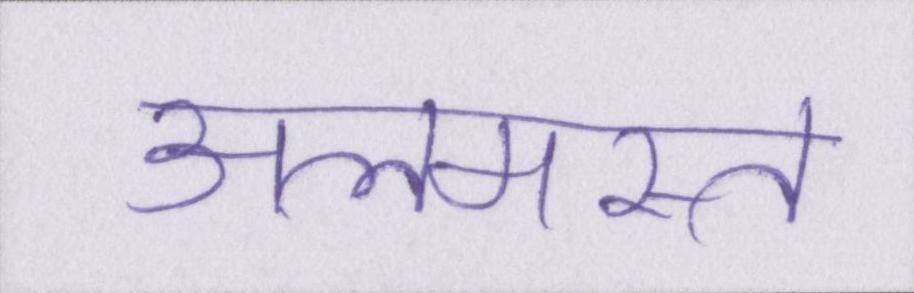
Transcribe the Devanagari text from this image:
अलमस्त